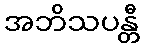
အဘိသပန္တီ